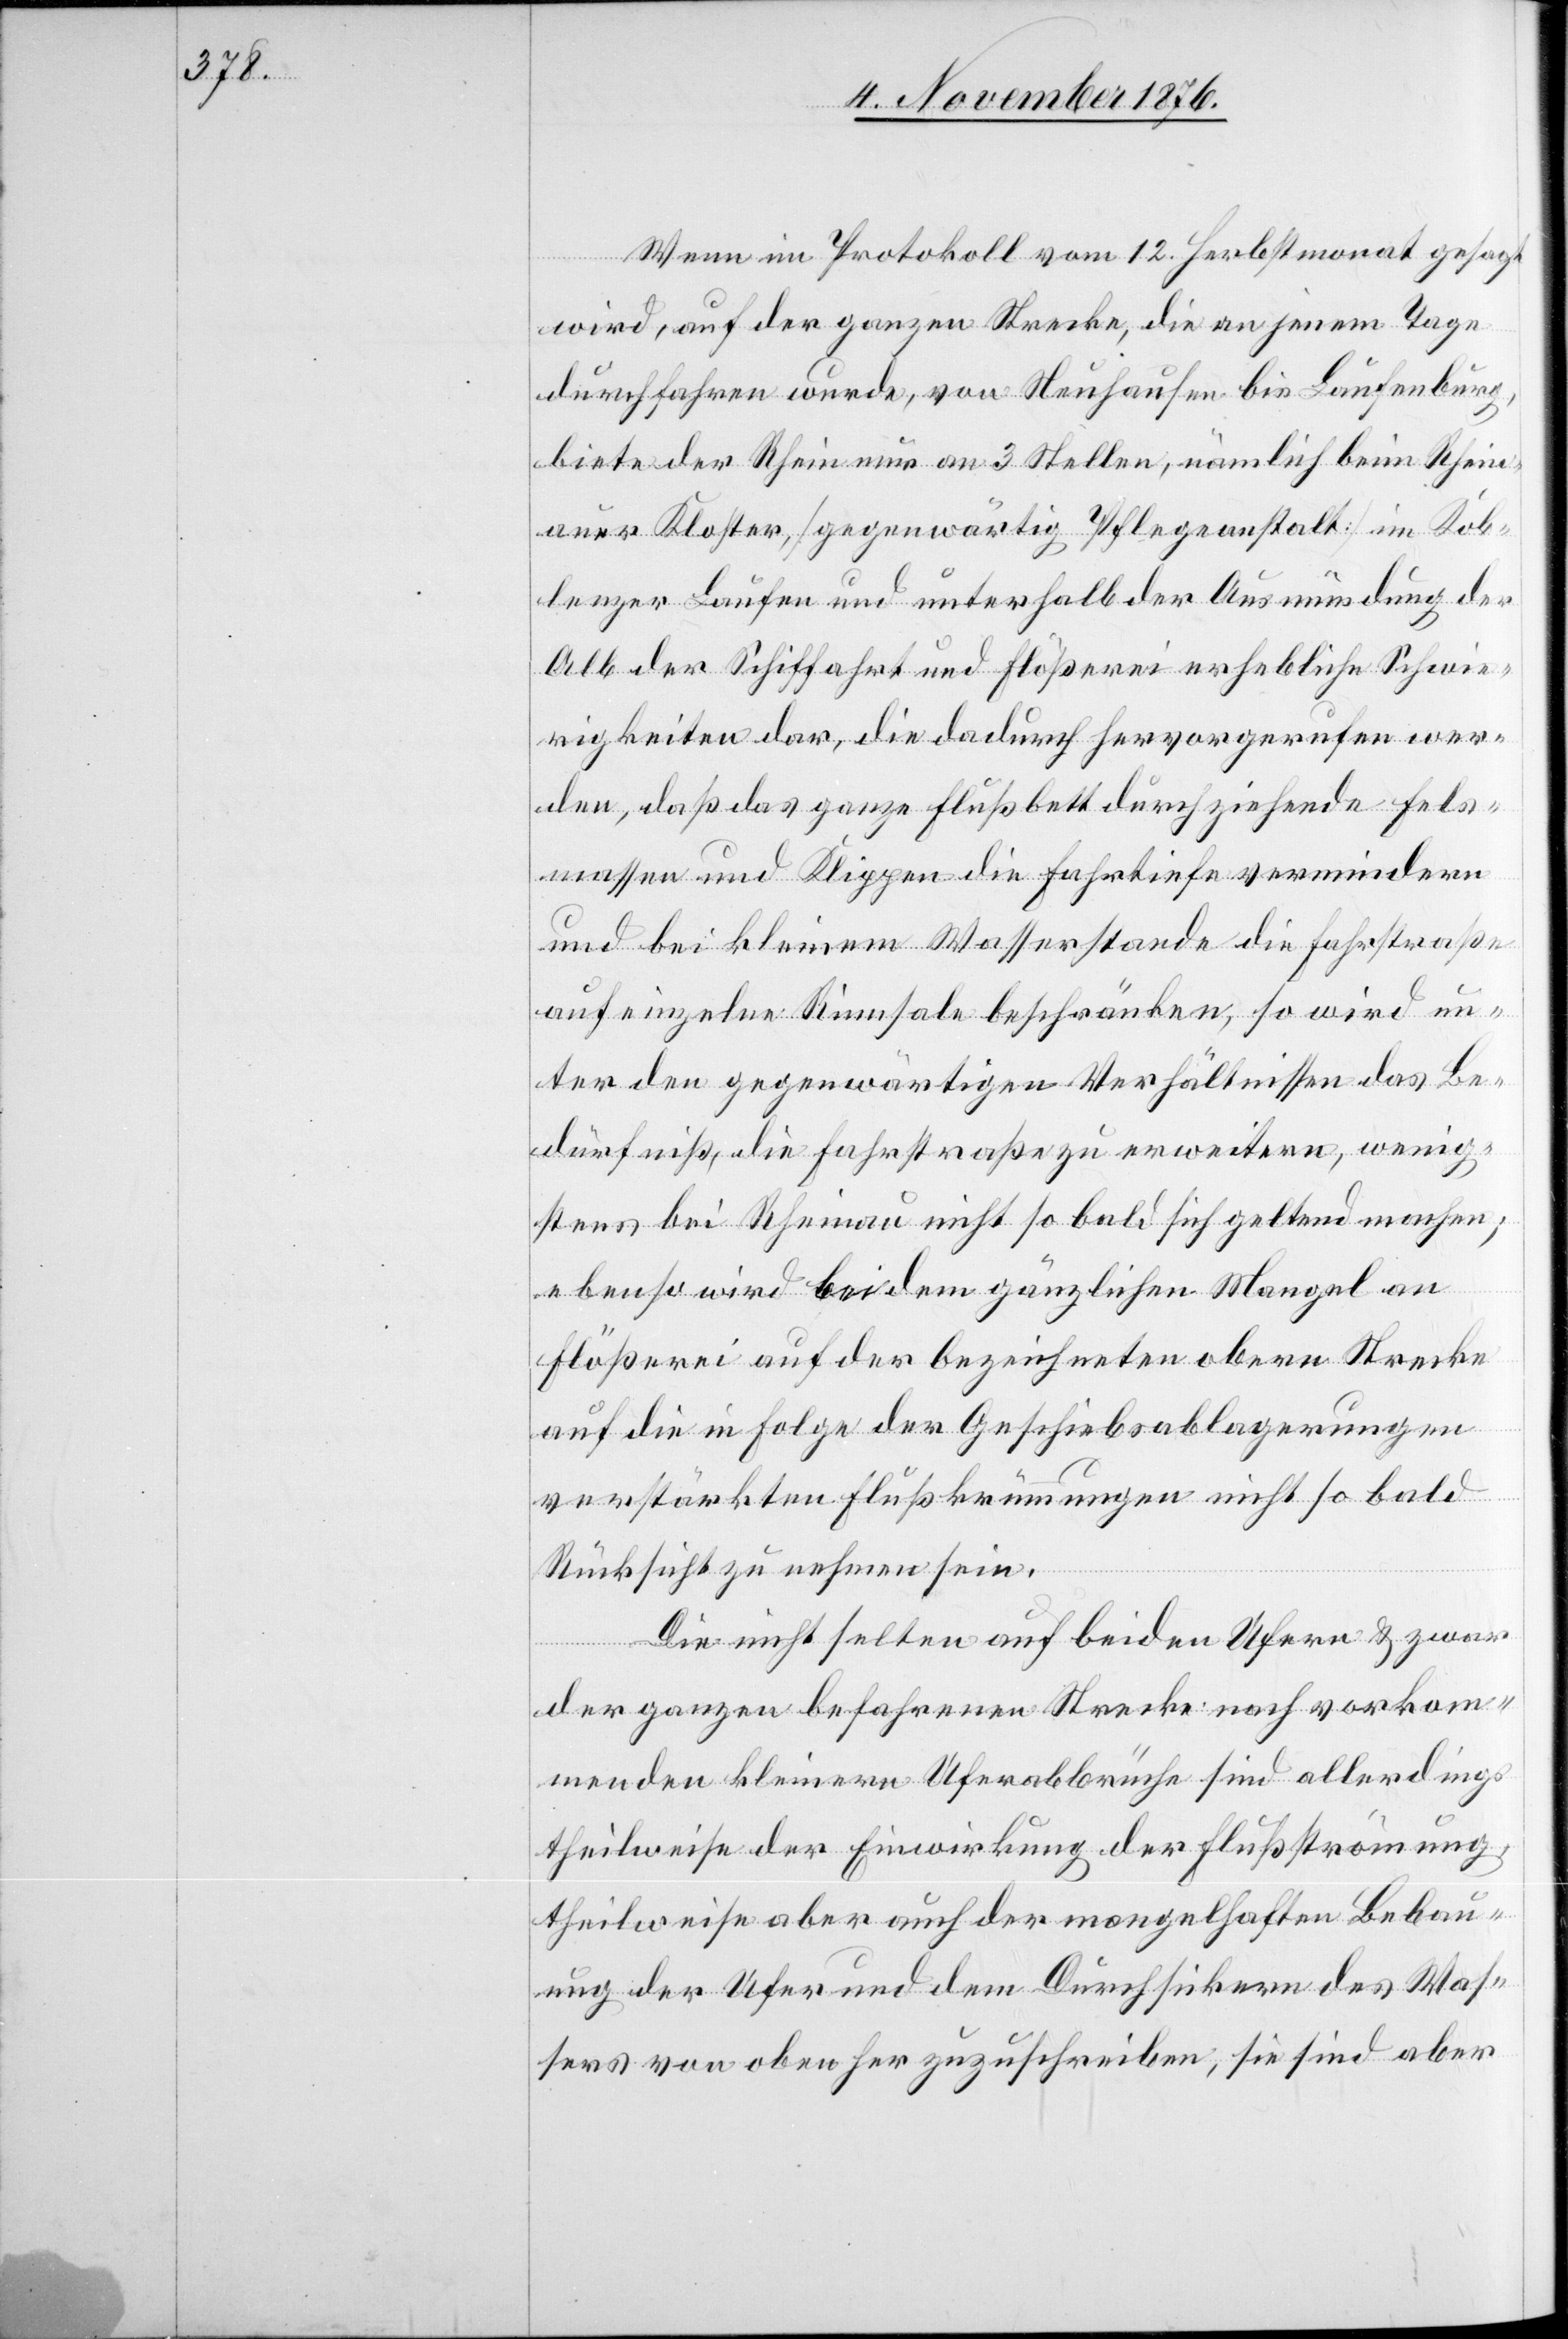
Wenn im Protokoll vom 12. Herbstmonat gesagt
wird, auf der ganzen Strecke, die an jenem Tage
durchfahren wurde, von Neuhausen bis Laufenburg,
biete der Rhein nur an 3 Stellen, nämlich beim Rhein¬
auer Kloster, [gegenwärtig Pflegeanstalt] im Kob¬
lenzer Laufen und unterhalb der Ausmündung der
Alb der Schiffahrt und Flößerei erhebliche Schwie¬
rigkeiten dar, die dadurch hervorgerufen wer¬
den, daß das ganze Flußbett durchziehende Fels¬
massen und Klippen die Fahrtiefe vermindern
und bei kleinem Wasserstande die Fahrstraße
auf einzelne Rinnsale beschränken, so wird un¬
ter den gegenwärtigen Verhältnissen das Be¬
dürfniß, die Fahrstraße zu erweitern, wenig¬
stens bei Rheinau nicht so bald sich geltend machen;
ebenso wird bei dem gänzlichen Mangel an
Flößerei auf der bezeichneten obern Strecke
auf die in Folge der Geschiebsablagerungen
verstärkten Flußkrümmungen nicht so bald
Rücksicht zu nehmen sein.
Die nicht selten auf beiden Ufern & zwar
der ganzen befahrenen Strecke nach vorkom¬
menden kleinen Uferbrüche sind allerdings
theilweise der Einwirkung der Flußströmung,
theilweise aber auch der mangelhaften Bebau¬
ung der Ufer und dem Durchsickern des Was¬
sers von oben her zuzuschreiben, sie sind aber